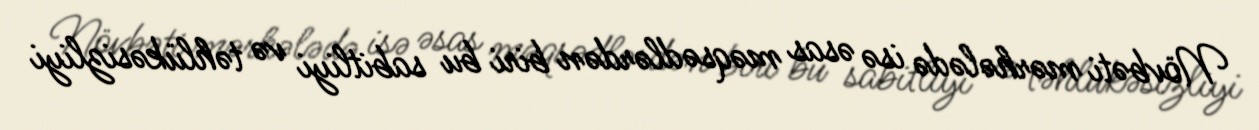
Növbəti mərhələdə isə əsas məqsədlərdən biri bu sabitliyi və təhlükəsizliyi